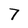
Character: 7